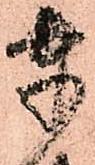
奉